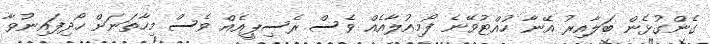
ގެންގުޅެން ބަލާއިރު އޭނާ ހުއްޓުވޭނެ ފޯމިއުލާއެއް ވެސް ރެސިޕީއެއް ވެސް މިހާތަނަށް ހޯދިފައިނުވާ